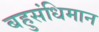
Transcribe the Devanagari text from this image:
बहुसंधिमान